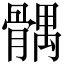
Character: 髃